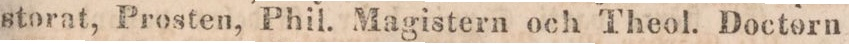
storat, Prosten, Phil. Magistern och Theol. Doctorn